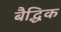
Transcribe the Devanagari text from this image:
बैद्धिक